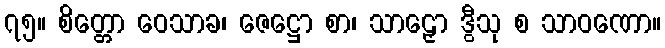
၇၅။ စိတ္တော ဝေသာခ၊ ဇေဋ္ဌော စာ၊ သာဠှော ဒွီသု စ သာဝဏော။